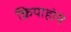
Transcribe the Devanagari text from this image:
क्रियाहोने